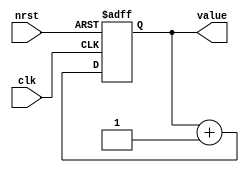
`timescale 1ns/1ps

module Counter (
	input wire clk,
	input wire nrst,
	output reg [11:0] value
	);
	always @(posedge clk or negedge nrst) begin
		if (~nrst)
			value <= 0;
		else begin
			value <= value + 1;
		end
	end

endmodule